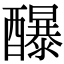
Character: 䤖